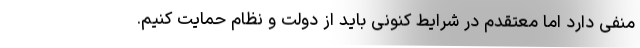
منفی دارد اما معتقدم در شرایط کنونی باید از دولت و نظام حمایت کنیم.